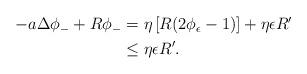
LaTeX: \begin{align*}\begin{aligned}-a\Delta \phi_- + R\phi_- &= \eta\left[ R(2\phi_\epsilon-1) \right] + \eta\epsilon R'\\& \le \eta\epsilon R'.\end{aligned}\end{align*}